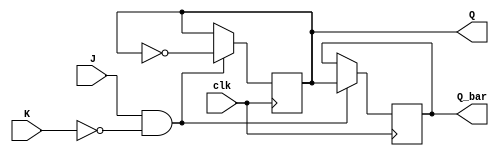
module jk_flipflop (
  input wire clk,
  input wire J,
  input wire K,
  output reg Q,
  output reg Q_bar
);

always @(posedge clk) begin
  if (J && !K) begin
    Q <= ~Q;
    Q_bar <= Q;
  end else if (J && K) begin
    // Do nothing
  end else if (!J && !K) begin
    // Do nothing
  end
end

endmodule